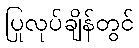
ပြုလုပ်ချိန်တွင်